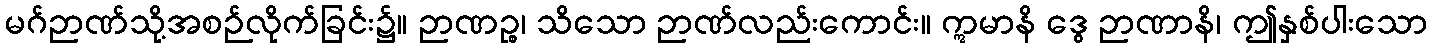
မဂ်ဉာဏ်သို့အစဉ်လိုက်ခြင်း၌။ ဉာဏဉ္စ၊ သိသော ဉာဏ်လည်းကောင်း။ ဣမာနိ ဒွေ ဉာဏာနိ၊ ဤနှစ်ပါးသော